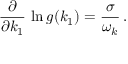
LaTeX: \frac { \partial } { \partial k _ { 1 } } \, \ln g ( k _ { 1 } ) = \frac { \sigma } { \omega _ { k } } \, .